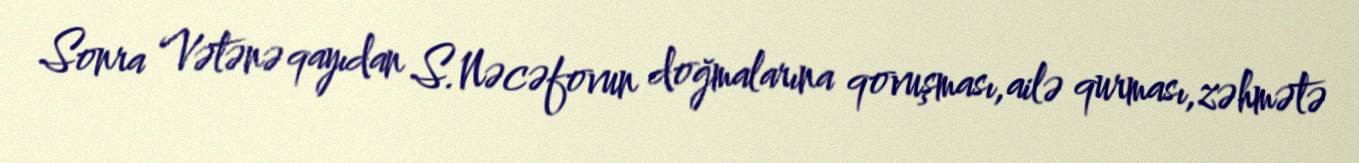
Sonra Vətənə qayıdan S.Nəcəfovun doğmalarına qovuşması,ailə qurması,zəhmətə